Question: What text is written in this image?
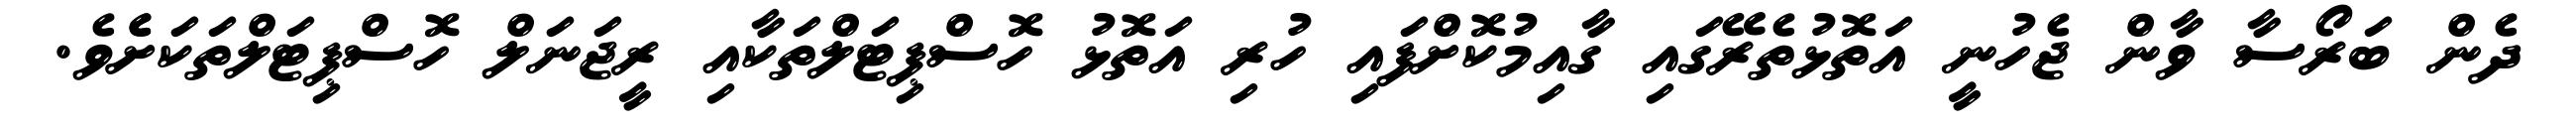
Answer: ދެން ބަރޯސާ ވާން ޖެހުނީ އަތޮޅުތެރޭގައި ގާއިމުކޮށްފައި ހުރި އަތޮޅު ހޮސްޕިޓަލްތަކާއި ރީޖަނަލް ހޮސްޕިޓަލްތަކަށެެވެ.